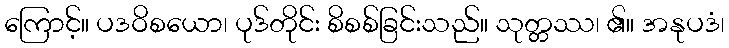
ကြောင့်။ ပဒဝိစယော၊ ပုဒ်တိုင်း စိစစ်ခြင်းသည်။ သုတ္တဿ၊ ၏။ အနုပဒံ၊